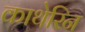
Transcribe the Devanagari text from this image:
काथेरिन